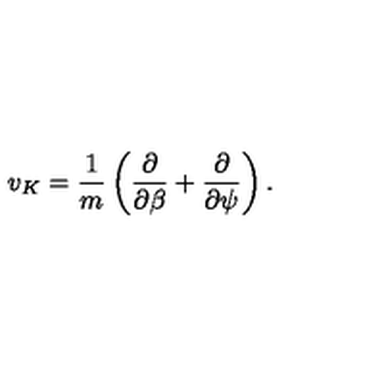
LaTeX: v _ { K } = \frac { 1 } { m } \left( \frac { \partial } { \partial \beta } + \frac { \partial } { \partial \psi } \right) .